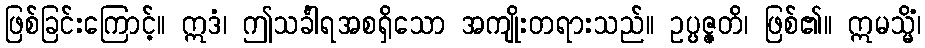
ဖြစ်ခြင်းကြောင့်။ ဣဒံ၊ ဤသင်္ခါရအစရှိသော အကျိုးတရားသည်။ ဥပ္ပဇ္ဇတိ၊ ဖြစ်၏။ ဣမသ္မိံ၊